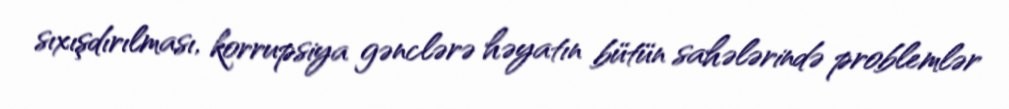
sıxışdırılması, korrupsiya gənclərə həyatın bütün sahələrində problemlər